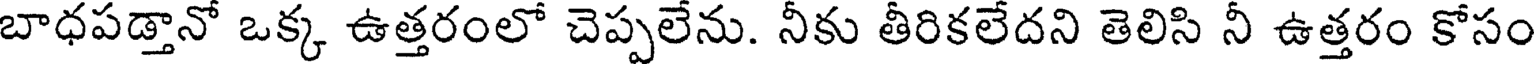
బాధపడ్తానో ఒక్క ఉత్తరంలో చెప్పలేను. నీకు తీరికలేదని తెలిసి నీ ఉత్తరం కోసం